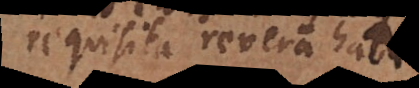
requisita revera habeat,